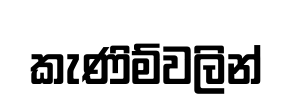
කැණිම්වලින්